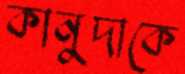
কানুদাকে